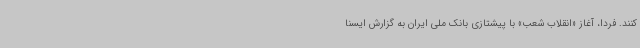
کنند. فردا، آغاز «انقلاب شعب» با پیشتازی بانک ملی ایران به گزارش ایسنا